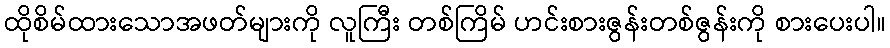
ထိုစိမ်ထားသောအဖတ်များကို လူကြီး တစ်ကြိမ် ဟင်းစားဇွန်းတစ်ဇွန်းကို စားပေးပါ။